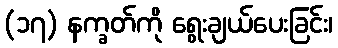
(၁၇) နက္ခတ်ကို ရွေးချယ်ပေးခြင်း၊